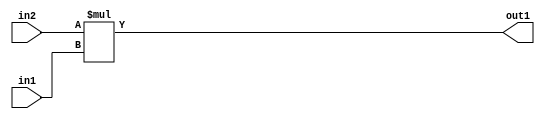
`timescale 1ps / 1ps
/*****************************************************************************
    Verilog RTL Description
    
    
    Created by: Stratus DpOpt 21.05.01 
*******************************************************************************/

module Filter_Mul_4Ux2U_5U_4 (
	in2,
	in1,
	out1
	); /* architecture "behavioural" */ 
input [3:0] in2;
input [1:0] in1;
output [4:0] out1;
wire [4:0] asc001;

assign asc001 = 
	+(in2 * in1);

assign out1 = asc001;
endmodule

/* CADENCE  urjxSQs= : u9/ySxbfrwZIxEzHVQQV8Q== ** DO NOT EDIT THIS LINE ******/